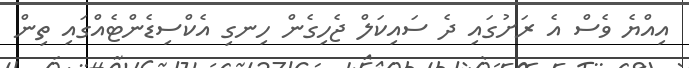
އިއްޔެ ވެސް އެ ރަށުގައި ދެ ސައިކަލް ޖެހިގެން ހިނގި އެކްސިޑެންޓެއްގައި ތިން